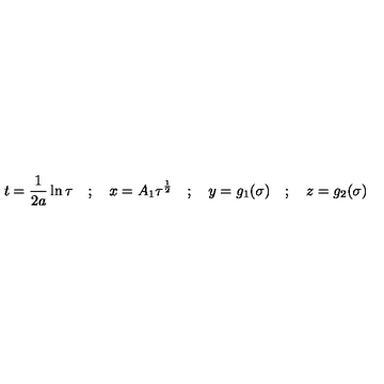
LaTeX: t = \frac { 1 } { 2 a } \ln \tau \quad ; \quad x = A _ { 1 } { \tau } ^ { \frac { 1 } { 2 } } \quad ; \quad y = g _ { 1 } ( \sigma ) \quad ; \quad z = g _ { 2 } ( \sigma )